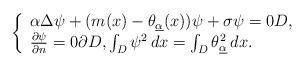
LaTeX: \begin{align*}\left\{\begin{array}{ll}\alpha {\Delta} \psi + (m(x) - \theta_{\underline\alpha}(x))\psi +\sigma\psi = 0D,\\\frac{\partial\psi}{\partial n} =0 \partial D, \int_D \psi^2\,dx =\int_D \theta^2_{\underline\alpha}\,dx.\end{array}\right.\end{align*}